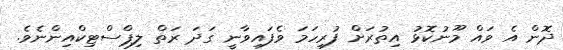
ދޮން އެ ވައް މޫނުކޮޅު އިތުރަށް ފުރިހަމަ ވެފައިވާނީ ގަދަ ރަތް ލިޕްސްޓިކްއިންނެވެ.